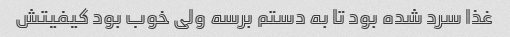
غذا سرد شده بود تا به دستم برسه ولی خوب بود کیفیتش